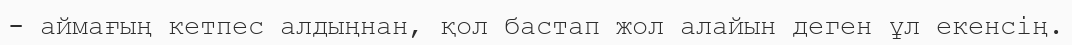
- аймағың кетпес алдыңнан, қол бастап жол алайын деген ұл екенсің.